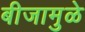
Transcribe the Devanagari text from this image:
बीजामुळे